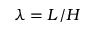
\lambda = L / H